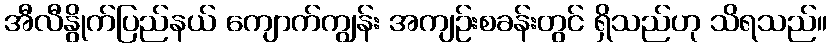
အီလီနွိုက်ပြည်နယ် ကျောက်ကျွန်း အကျဉ်းစခန်းတွင် ရှိသည်ဟု သိရသည်။